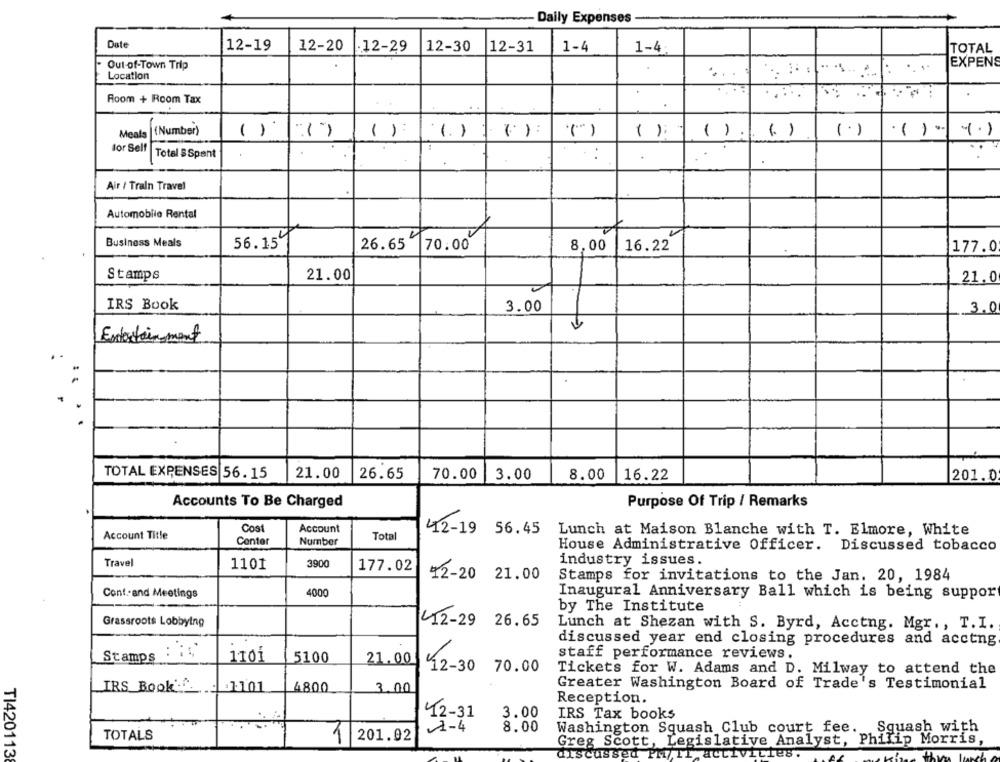
Daily Expenses
Date
12-19
12-20
-12-29
12-30
12-31
1-4
1-4:
TOTAL
EXPENS
Out-of-Town Trip
Location
Room + Room Tax
.
(Number)
Meals
()
():
(.) :
(")
( )
( )
(. )
.() .
1.1
for Self
Total SSpent
Air / Traln Travel
Automobile Rental
.v
Business Meals
56.15℃
26.65
70.00
8,00
16.22
177.0
Stamps
21.00
21.0
IRS Book
3.00
3.0
Entertainment
TOTAL EXPENSES 56.15
21.00
26.65
70.00
3.00
8.00
16.22
201.0
Accounts To Be Charged
Purpose Of Trip / Remarks
Cost
Account
42-19 56.45
Lunch at Maison Blanche with T. Elmore, White
Account Title
Center
Number
Total
House Administrative Officer. Discussed tobacco
Travel
3900
industry issues.
1101
177.02
12-20 21.00
Stamps for invitations to the Jan. 20, 1984
Cont .. and Meetings
4000
Inaugural Anniversary Ball which is being suppor
by The Institute
Grassroots Lobbying
42-29 26.65
Lunch at Shezan with S. Byrd, Acctng. Mgr ., T.I.
discussed year end closing procedures and acctng
staff performance reviews.
Stamps
1101
5100
21.00
12-30
70.00
Tickets for W. Adams and D. Milway to attend the
IRS Book:
Greater Washington Board of Trade's Testimonial
. 1.001
4800
3.00
Reception.
42-31
3.00
IRS Tax books
1-4
8.00
Washington Squash Club court fee. Squash with
TOTALS
1
201.02
Greg Scott, Legislative Analyst, Philip Morris,
TI420113
discussed PM/TT activities